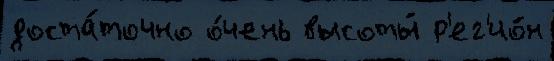
доста́точно о́чень высоты́ р'ег'ио́н